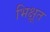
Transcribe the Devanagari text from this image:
भिक्षूत